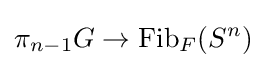
\pi _{n-1}G\to {\text{Fib}}_{F}(S^{n})